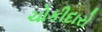
ચોકીદારો